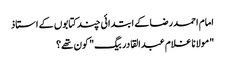
امام احمدرضا کے ابتدائی چند کتابوں کے استاذ
"مولانا غلام عبدالقادر بیگ" کون تھے؟